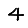
Digit: 4